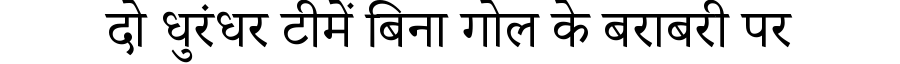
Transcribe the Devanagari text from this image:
दो धुरंधर टीमें बिना गोल के बराबरी पर